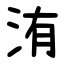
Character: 洧